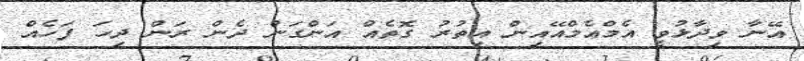
އޭނާ ވިދާޅުވީ އެމްއެމްއޭއިން އިތުރު ގޮތެއް އަންގަން ދެން ރަން ދިހަ ފަހެއް